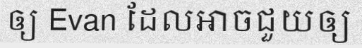
ឲ្យ Evan ដែលអាចជួយឲ្យ